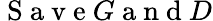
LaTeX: \mathrm{~S~a~v~e~}G\mathrm{~a~n~d~}D